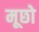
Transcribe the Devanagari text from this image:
मूछो